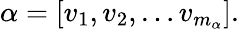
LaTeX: \begin{array}{r}{\alpha=[v_{1},v_{2},\ldots v_{m_{\alpha}}].}\end{array}